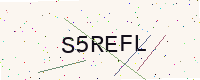
Text: S5REFL